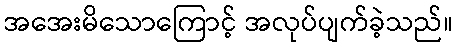
အအေးမိသောကြောင့် အလုပ်ပျက်ခဲ့သည်။